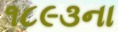
૧૮૯૩ના